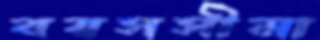
বয়সসীমা